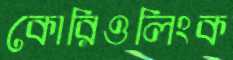
কোরিওলিংক